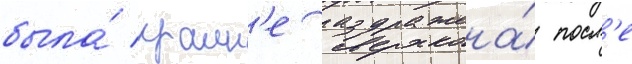
была́ краин'е раздражена́ посл'е